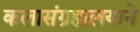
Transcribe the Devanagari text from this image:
कलासंग्रहालयाने